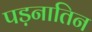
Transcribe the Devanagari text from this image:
पड़नातिन